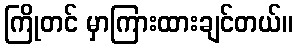
ကြိုတင် မှာကြားထားချင်တယ်။